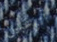
أترغبين